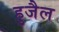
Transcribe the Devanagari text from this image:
हुजैल